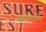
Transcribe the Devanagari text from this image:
साधिलें